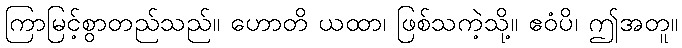
ကြာမြင့်စွာတည်သည်။ ဟောတိ ယထာ၊ ဖြစ်သကဲ့သို့။ ဧဝံပိ၊ ဤအတူ။